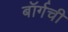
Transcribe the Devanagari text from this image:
बॉर्गची